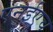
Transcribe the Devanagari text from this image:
एनईएच